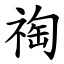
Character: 祹